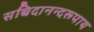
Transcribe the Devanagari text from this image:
सच्चिदानन्दरूपाय